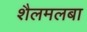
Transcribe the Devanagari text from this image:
शैलमलबा